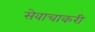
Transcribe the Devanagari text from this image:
सेवाचाकरी